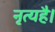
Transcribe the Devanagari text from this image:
नृत्यहै।